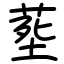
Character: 塟